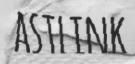
ASTLINK